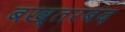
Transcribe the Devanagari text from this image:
बख्‍तरबंद